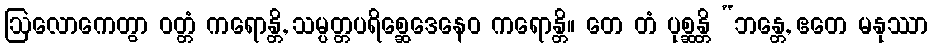
ဩလောကေတွာ ဝတ္တံ ကရောန္တိ, သမ္ပတ္တပရိစ္ဆေဒေနေဝ ကရောန္တိ။ တေ တံ ပုစ္ဆန္တိ “ဘန္တေ, ဧတေ မနုဿာ